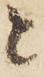
と